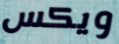
ويكس